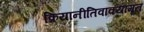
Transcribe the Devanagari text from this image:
क्रियानीतिवाक्यामृत